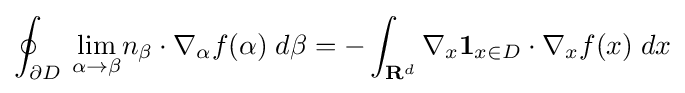
\oint _{\partial D}\,{\underset {\alpha \to \beta }{\lim }}n_{\beta }\cdot \nabla _{\alpha }f(\alpha )\;d\beta =-\displaystyle \int _{\mathbf {R} ^{d}}\nabla _{x}\mathbf {1} _{x\in D}\cdot \nabla _{x}f(x)\;dx